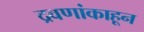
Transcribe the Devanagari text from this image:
द्रवणांकाहून